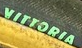
VITTORIA